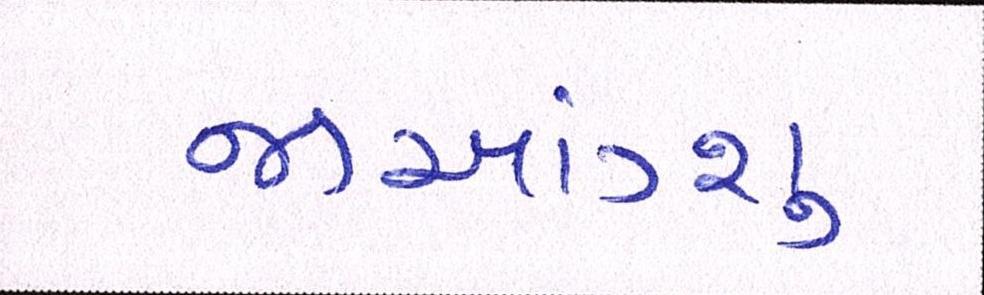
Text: જીઆંગ્શુ